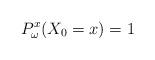
LaTeX: \begin{align*}P^x_\omega ( X_0 = x ) = 1\end{align*}